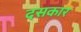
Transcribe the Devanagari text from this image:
दसकार